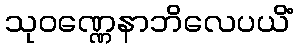
သုဝဏ္ဏေနာဘိလေပယိံ